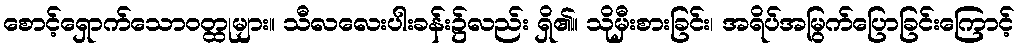
စောင့်ရှောက်သောဝတ္ထုများ။ သီလလေးပါးခန်း၌လည်း ရှိ၏။ သိုမှီးစားခြင်း၊ အရိပ်အမြွက်ပြောခြင်းကြောင့်